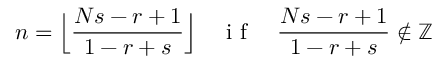
n = \Big \lfloor \frac { N s - r + 1 } { 1 - r + s } \Big \rfloor \quad \mathrm { ~ i ~ f ~ } \quad \frac { N s - r + 1 } { 1 - r + s } \notin \mathbb { Z }